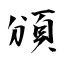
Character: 頒